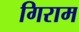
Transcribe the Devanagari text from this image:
गिराम